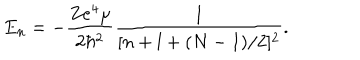
E _ { n } = - \frac { Z e ^ { 4 } \mu } { 2 \hbar ^ { 2 } } \frac { 1 } { [ n + l + ( N - 1 ) / 2 ] ^ { 2 } } .